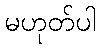
မဟုတ်ပါ